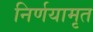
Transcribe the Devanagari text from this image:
निर्णयामृत